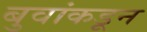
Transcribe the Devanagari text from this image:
बुवांकडून